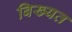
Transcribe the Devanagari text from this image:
बिख्यत